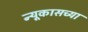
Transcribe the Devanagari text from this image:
न्यूकासच्या